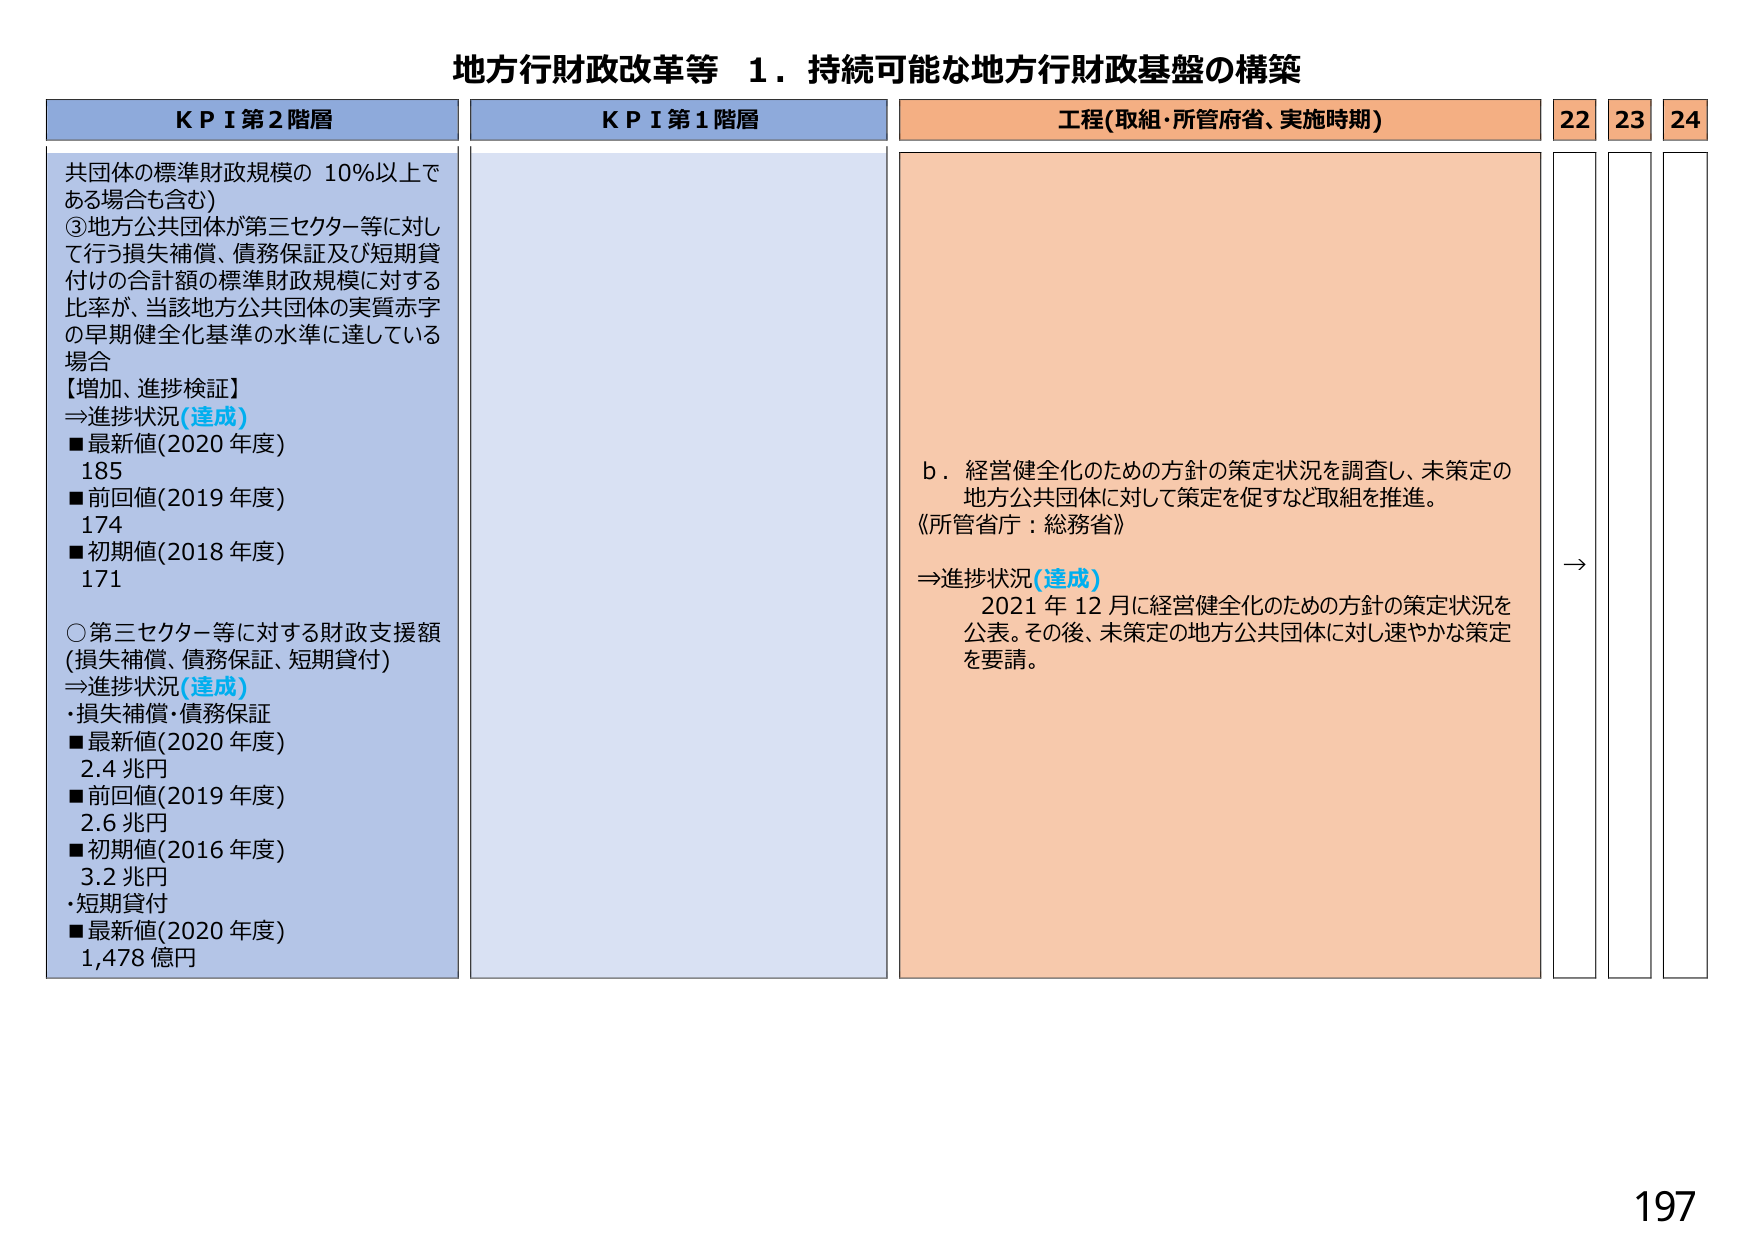
地方行財政改革等 １．持続可能な地方行財政基盤の構築

KPI第2階層
共団体の標準財政規模の 10％以上である場合も含む)
③地方公共団体が第三セクター等に対して行う損失補償、債務保証及び短期貸付けの合計額の標準財政規模に対する比率が、当該地方公共団体の実質赤字の早期健全化基準の水準に達している場合
【増加、進捗検証】
⇒進捗状況(達成)
■最新値(2020年度)
185
■前回値(2019年度)
174
■初期値(2018年度)
171

○第三セクター等に対する財政支援額(損失補償、債務保証、短期貸付)
⇒進捗状況(達成)
・損失補償・債務保証
■最新値(2020年度)
2.4兆円
■前回値(2019年度)
2.6兆円
■初期値(2016年度)
3.2兆円
・短期貸付
■最新値(2020年度)
1,478億円

KPI第1階層

工程(取組・所管府省、実施時期)
b．経営健全化のための方針の策定状況を調査し、未策定の地方公共団体に対して策定を促すなど取組を推進。
《所管省庁：総務省》
⇒進捗状況(達成)
2021年12月に経営健全化のための方針の策定状況を公表。その後、未策定の地方公共団体に対し速やかな策定を要請。

22 23 24
→

197